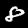
Label: 8